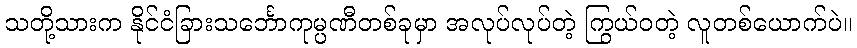
သတို့သားက နိုင်ငံခြားသင်္ဘောကုမ္ပဏီတစ်ခုမှာ အလုပ်လုပ်တဲ့ ကြွယ်ဝတဲ့ လူတစ်ယောက်ပဲ။